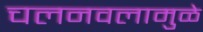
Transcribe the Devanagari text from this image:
चलनवलामुळे